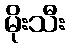
မိုးသီး